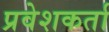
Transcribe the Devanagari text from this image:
प्रवेशकर्ता